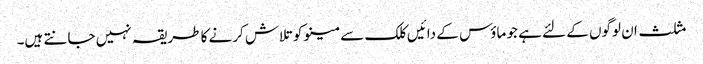
مثلث ان لوگوں کے لئے ہے جو ماؤس کے دائیں کلک سے مینو کو تلاش کرنے کا طریقہ نہیں جانتے ہیں۔